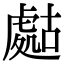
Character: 𧇡